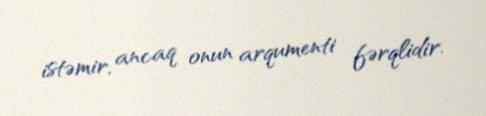
istəmir, ancaq onun arqumenti fərqlidir.